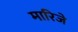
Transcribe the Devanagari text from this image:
मारिजे